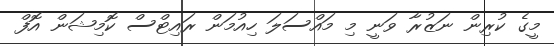
މީގެ ކުރިން ނަޒުރާ ވަނީ މި މައްސަލަ ހިއުމަން ރައިޓްސް ކޮމިޝަން އޮފް